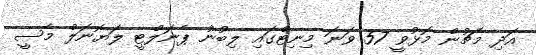
އަދި މެޗުން މޮޅުވީ 57 ވަނަ މިނިޓްގައި ލިބުނު ޕެނަލްޓީ ލަޔޮނަލް މެސީ